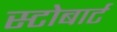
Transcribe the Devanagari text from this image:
स्टोबार्ट